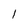
Character: l